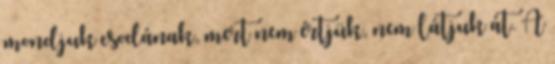
mondjuk csodának, mert nem értjük, nem látjuk át. A